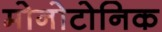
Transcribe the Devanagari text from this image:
मोनोटोनिक